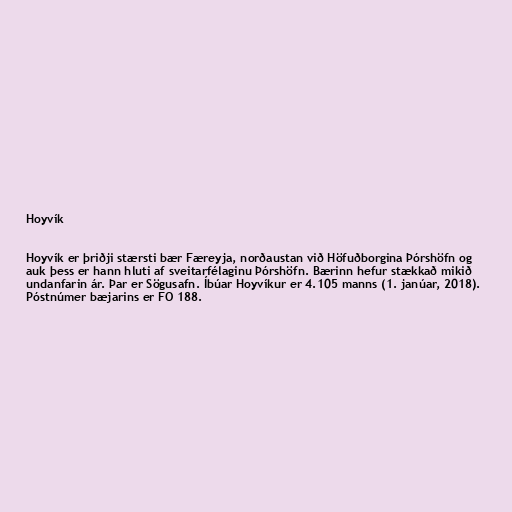
Hoyvík

Hoyvík er þriðji stærsti bær Færeyja, norðaustan við Höfuðborgina Þórshöfn og
auk þess er hann hluti af sveitarfélaginu Þórshöfn. Bærinn hefur stækkað mikið
undanfarin ár. Þar er Sögusafn. Íbúar Hoyvíkur er 4.105 manns (1. janúar, 2018).
Póstnúmer bæjarins er FO 188.